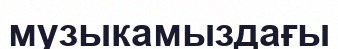
музыкамыздағы